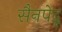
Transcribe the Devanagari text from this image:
सैनपेद्रू